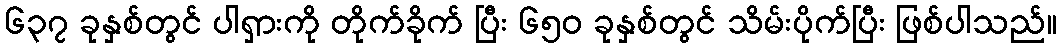
၆၃၇ ခုနှစ်တွင် ပါရှားကို တိုက်ခိုက် ပြီး ၆၅၀ ခုနှစ်တွင် သိမ်းပိုက်ပြီး ဖြစ်ပါသည်။